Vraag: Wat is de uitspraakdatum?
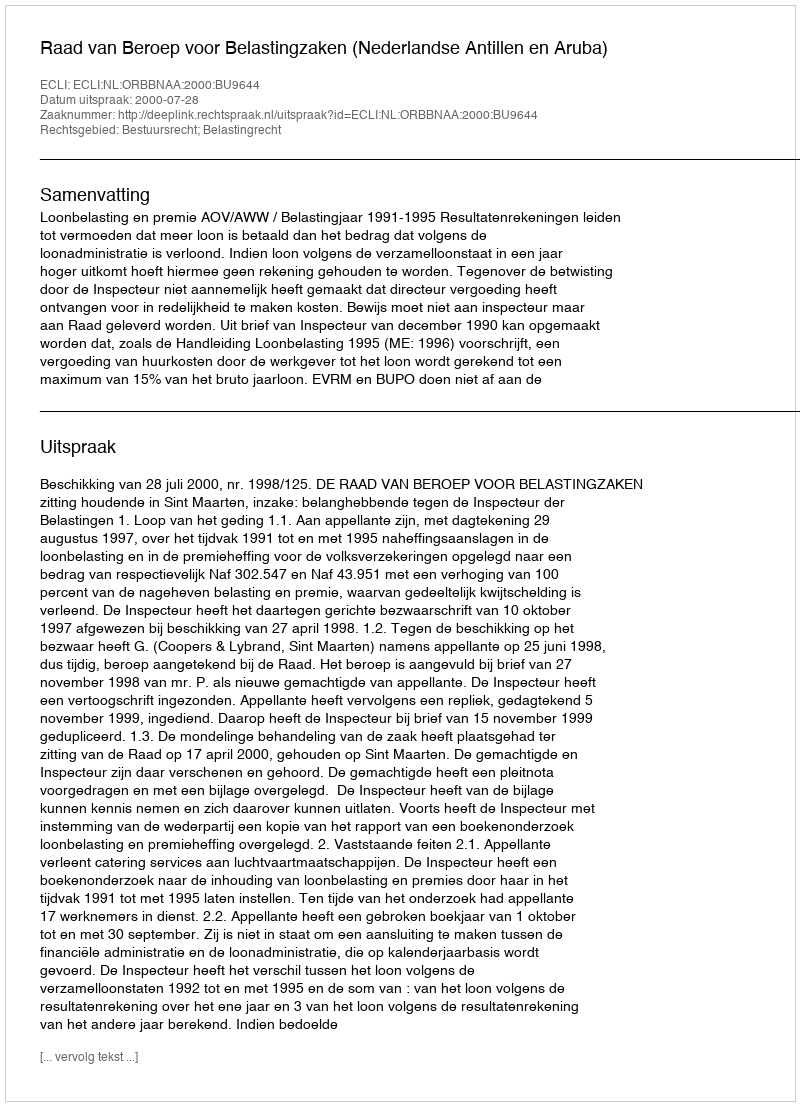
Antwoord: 2000-07-28